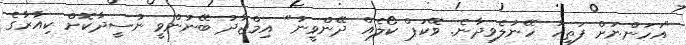
"އަހަންނަށް ފަތިހު ހޭނުލެވިދާނެ. ވޭކަޕް ކޯލެއް ދޭންވީނު" އިމްޖާދު ބޭނުންވީ ނުސީދާކޮށް ކިއާރާގެ